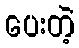
ပေးတဲ့